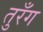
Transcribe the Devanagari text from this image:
तुरँग